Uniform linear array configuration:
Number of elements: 16
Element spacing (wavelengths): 0.5
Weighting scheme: exponential
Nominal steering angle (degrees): -15
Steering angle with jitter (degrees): -16.91
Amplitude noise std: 0.05
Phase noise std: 0.05

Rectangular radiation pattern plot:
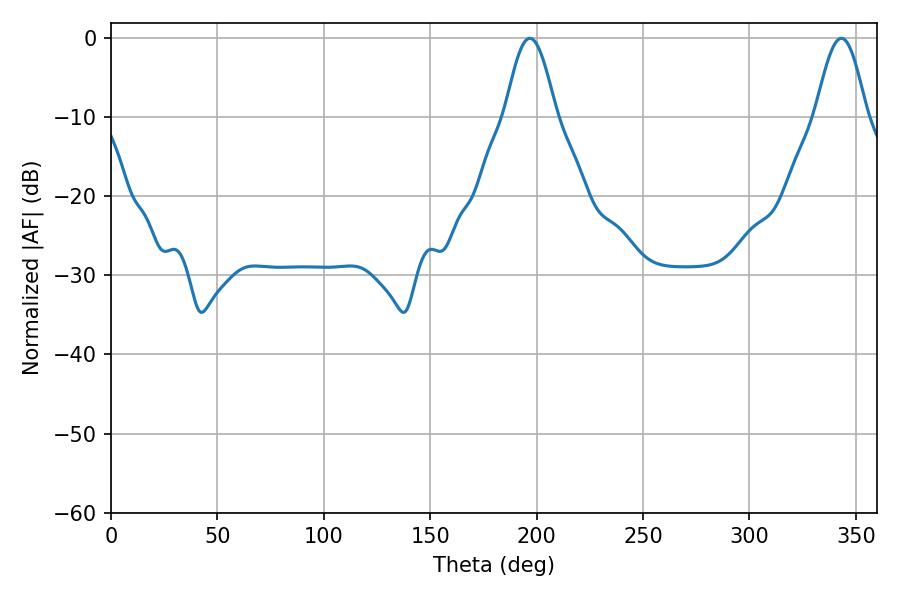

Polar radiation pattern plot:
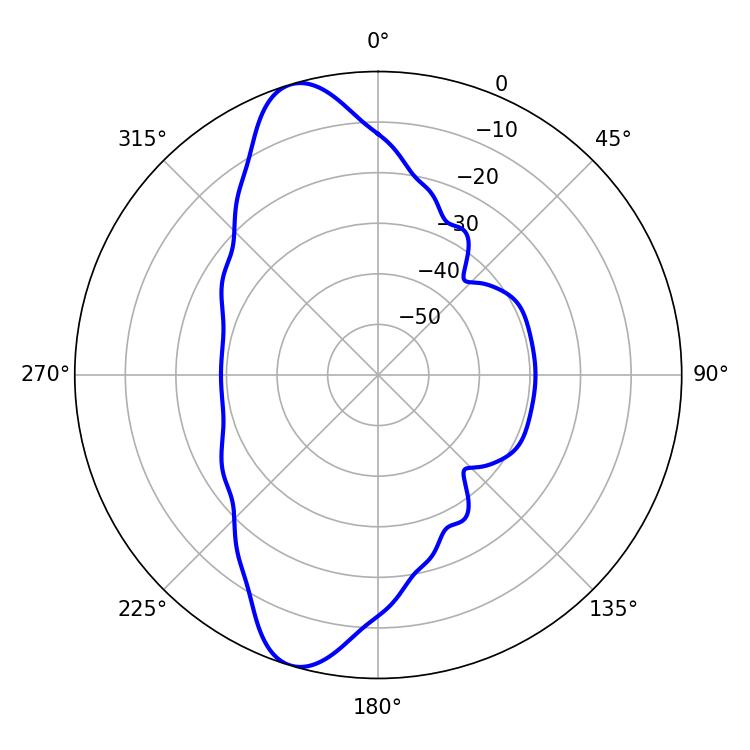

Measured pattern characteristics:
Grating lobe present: FALSE
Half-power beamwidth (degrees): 12.96
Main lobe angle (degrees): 196.74